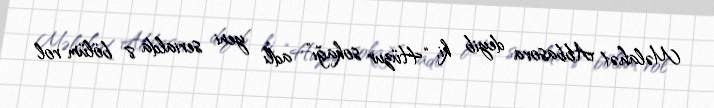
Məlahət Abbasova deyib ki, “Hüzur sokağı” adlı yeni serialda 8 bölüm rol